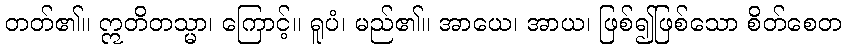
တတ်၏။ ဣတိတသ္မာ၊ ကြောင့်။ ရူပံ၊ မည်၏။ အာယေ၊ အာယ၊ ဖြစ်၍ဖြစ်သော စိတ်စေတ